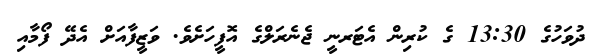
ދުވަހުގެ 13:30 ގެ ކުރިން އެޓަރނީ ޖެނެރަލްގެ އޮފީހަށެވެ. ވަޒީފާއަށް އެދޭ ފޯމާއި